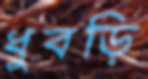
ধুবড়ি